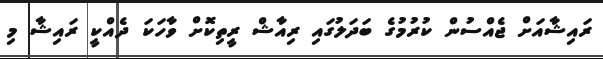
ރައިޝާއަށް ޖެއްސުން ކުރުމުގެ ބަދަލުގައި ރިއާޝް ރީތިކޮށް ވާހަކަ ދެއްކީ ރައިޝާ މި